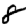
Digit: 8